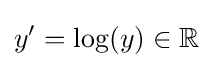
y'=\log(y)\in \mathbb {R}